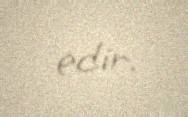
edir.